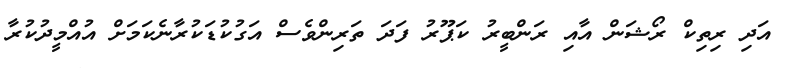
އަދި ރިތިކް ރޯޝަން އާއި ރަންބީރު ކަޕޫރު ފަދަ ތަރިންވެސް އަގުކުޑަކުރާނެކަމަށް އުއްމީދުކުރާ